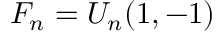
F _ { n } = U _ { n } ( 1 , - 1 )